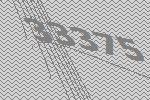
33375